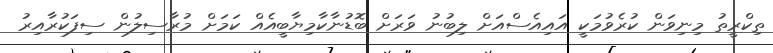
ތިކްރީތު މިނިވަން ކުރެވުމަކީ އައިއެސްއަށް ލިބުނު ވަރަށް ބޮޑުނާކާމިޔާބީއެއް ކަމަށް މުރާސިލުން ސިފަކުރާއިރު